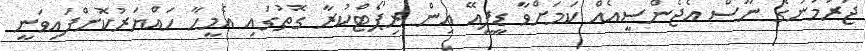
ޖަރުމަނުގެ ނޫސް އެޖެންސީއެއް ކަމަށްވާ ޑީޕީއޭ އިން ރިޕޯޓްކުރާ ގޮތުގައި އެމީހާ ހައްޔަރުކޮށްފައިވަނީ